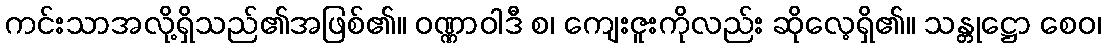
ကင်းသာအလို့ရှိသည်၏အဖြစ်၏။ ဝဏ္ဏာဝါဒီ စ၊ ကျေးဇူးကိုလည်း ဆိုလေ့ရှိ၏။ သန္တုဋ္ဌော စေဝ၊